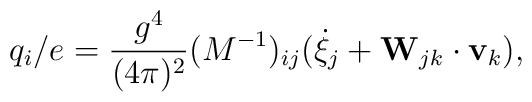
q_i/e = \frac{g^4}{(4\pi)^2}(M^{-1})_{ij}(\dot\xi_j + {\bf W}_{jk}\cdot {\bf v}_k ),